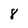
Character: 8